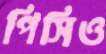
পিসিও